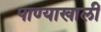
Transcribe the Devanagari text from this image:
पाण्याखालीं